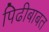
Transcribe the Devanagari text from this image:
पिढीबाबत